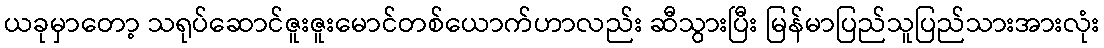
ယခုမှာတော့ သရုပ်ဆောင်ဇူးဇူးမောင်တစ်ယောက်ဟာလည်း ဆီသွားပြီး မြန်မာပြည်သူပြည်သားအားလုံး